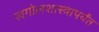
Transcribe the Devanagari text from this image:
खगोलशास्त्रापर्यंत